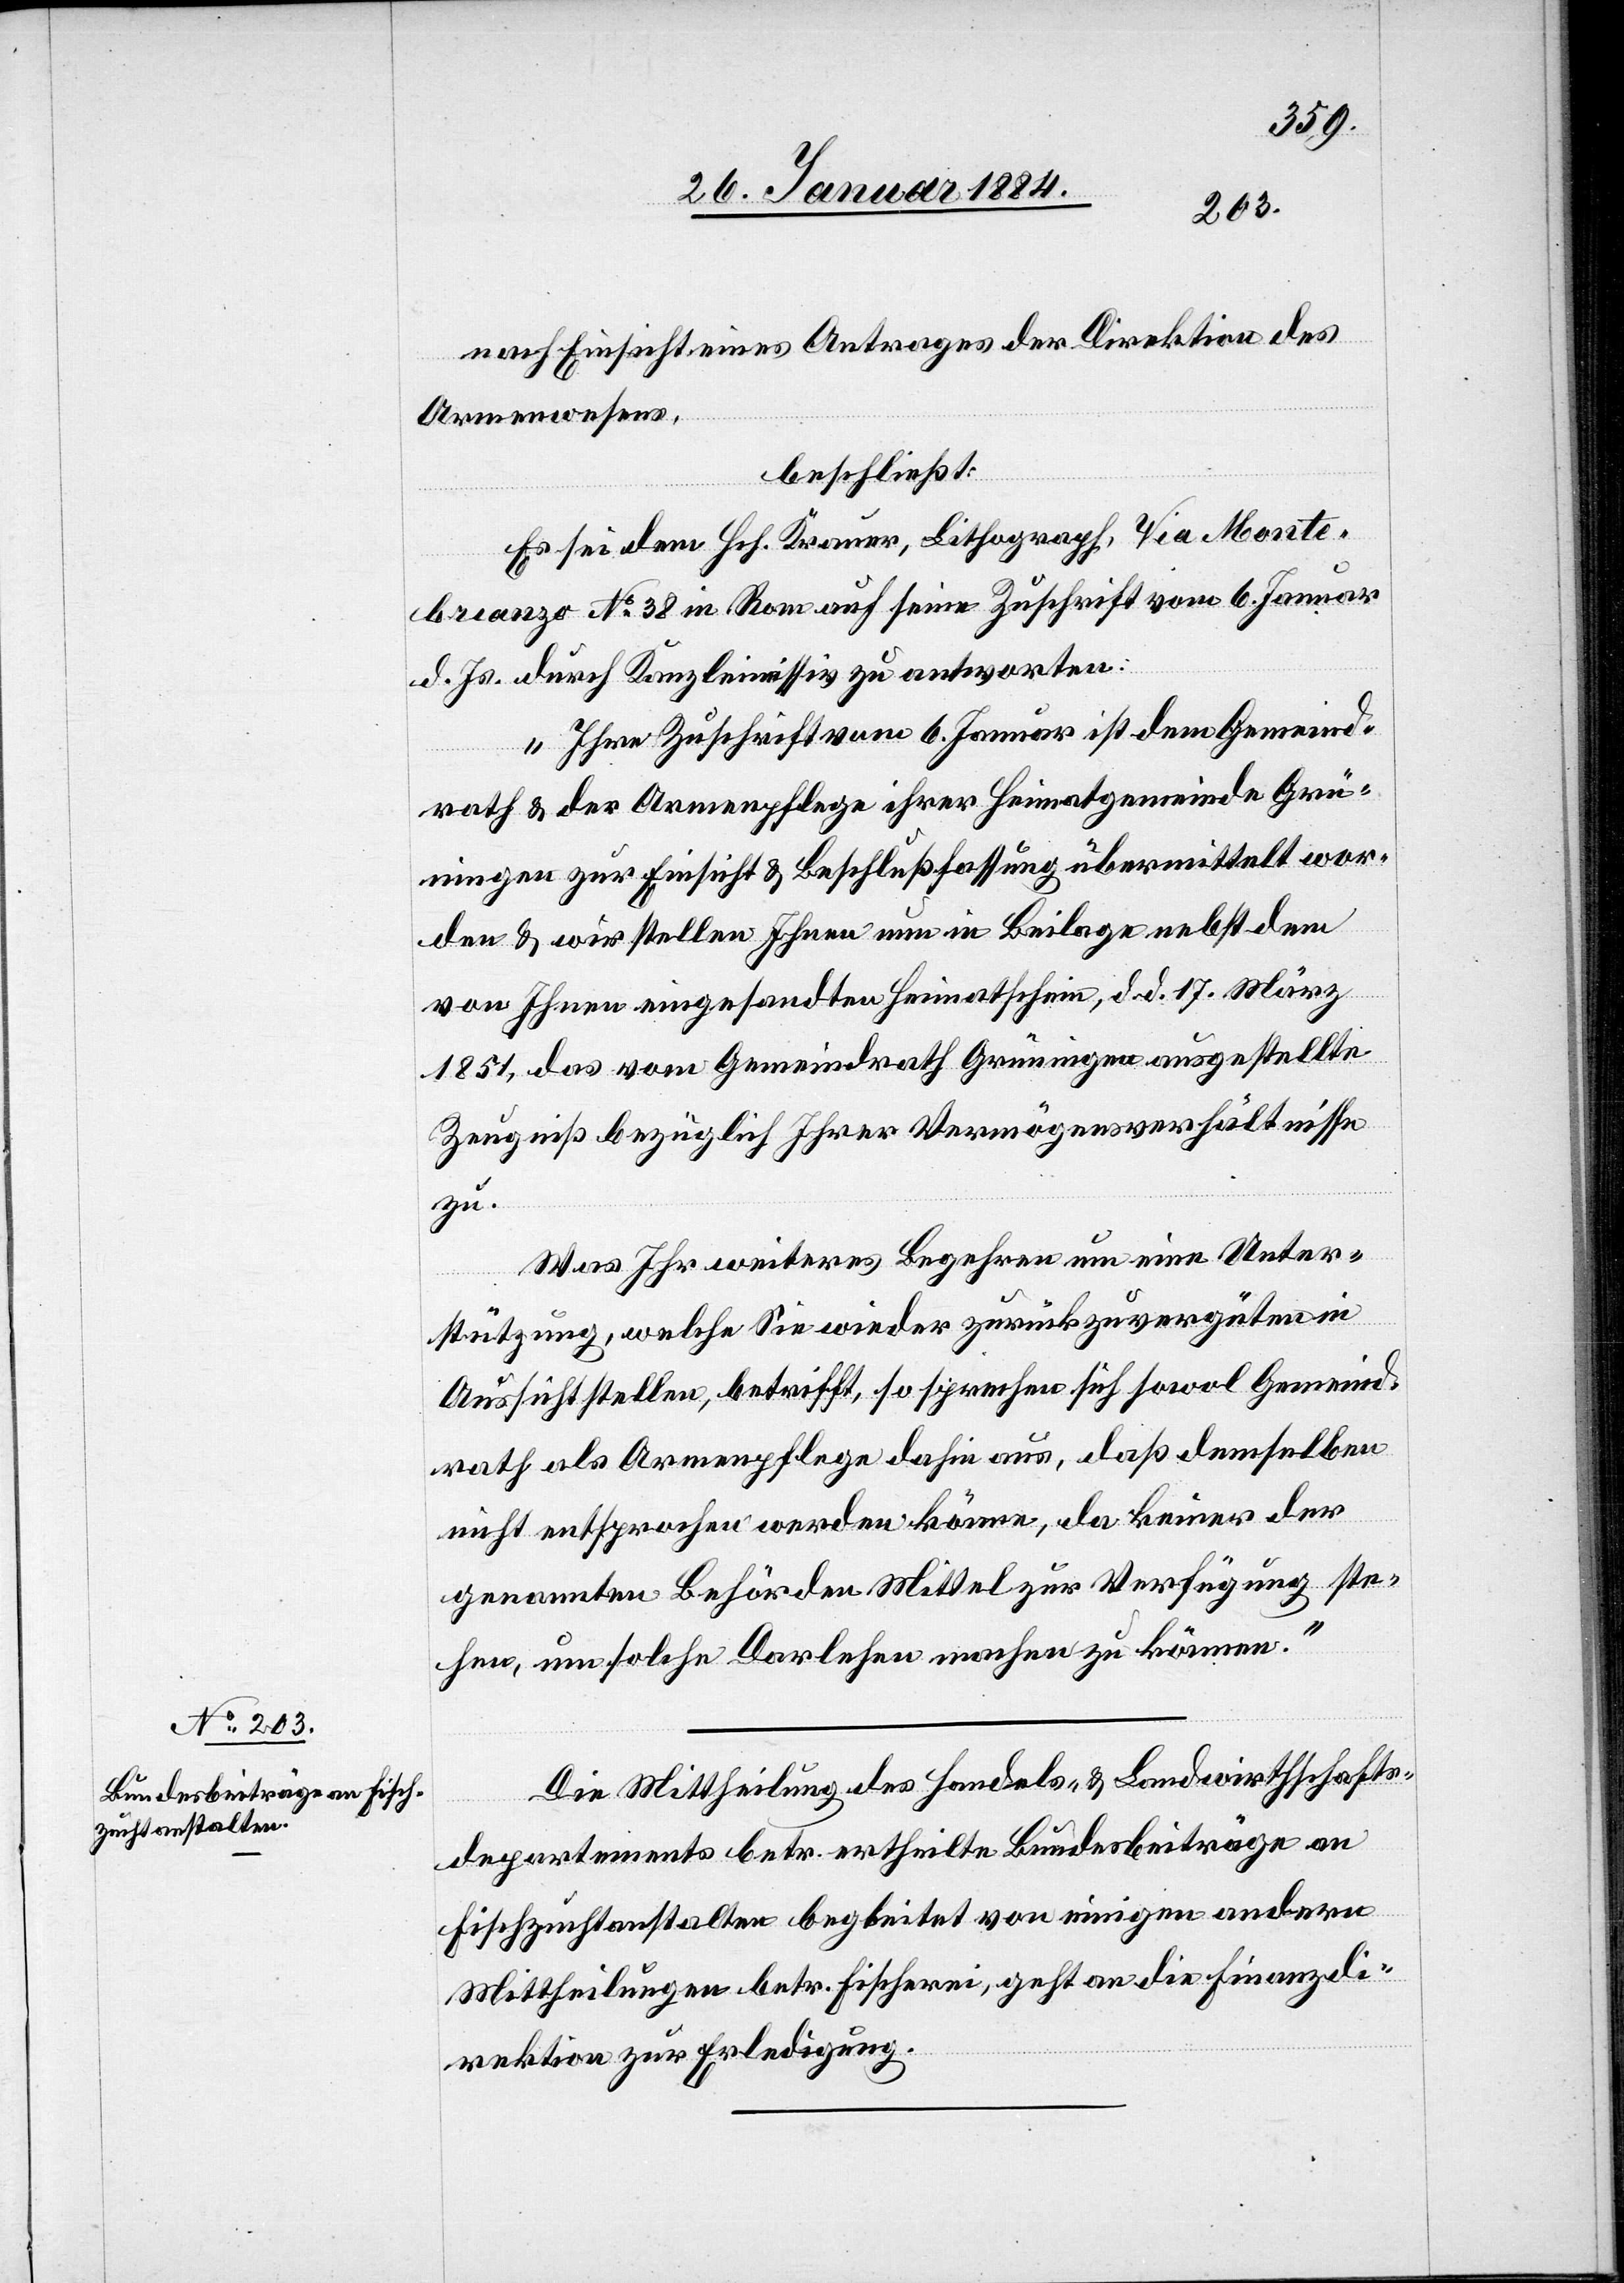
28. Januar 1884.]
nach Einsicht eines Antrages der Direktion des
Armenwesens,
beschließt:
Es sei dem Hch. Kramer, Lithograph, Via Monte,
branzo No 38 in Rom auf seine Zuschrift vom 6. Januar
d. Js. durch Kanzleimissiv zu antworten:
„Ihre Zuschrift vom 6. Januar ist dem Gemeind¬
rath & der Armenpflege ihrer Heimatgemeinde Grü¬
ningen zur Einsicht & Beschlußfassung übermittelt wor¬
den & wir stellen Ihnen in der Beilage nebst dem
von Ihnen eingesandten Heimatschein, d. d. 17. März
1851 das vom Gemeindrat Grüningen ausgestellte
Zeugniß bezüglich Ihrer Vermögensverhältnisse
zu.
Was Ihr weiteres Begehren um eine Unter¬
stützung, welche Sie wieder zurückzuvergüten in
Aussicht stellen, betrifft, so sprechen sich sowol Gemeind¬
rath als Armenpflege dahin aus, daß demselben
nicht entsprochen werden könne, da keiner der
genannten Behörden Mittel zur Verfügung ste¬
hen, um solche Darlehen machen zu können.“
Die Mittheilung des Handels- & Landwirthschafts¬
departements betr. ertheilte Bundesbeiträge an
Fischzuchtanstalten begleitet von einigen andern
Mittheilungen betr. Fischerei, geht an die Finanzd¬
irektion zur Erledigung.